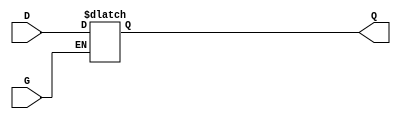
module gated_transparent_latch (
    input wire D,    // Data Input
    input wire G,    // Gate/Enable Signal
    output reg Q     // Output
);

// Always block that is sensitive to the gate signal
always @(*) begin
    if (G) begin
        // If G is high, output follows the input
        Q = D;
    end
    // If G is low, Q retains its last value (hold state)
end

endmodule